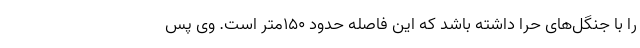
را با جنگل‌های حرا داشته باشد که این فاصله حدود 150متر است. وی پس